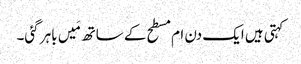
کہتی ہیں ایک دن ام مسطح کے ساتھ مَیں باہر گئی۔